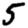
Digit: 5